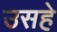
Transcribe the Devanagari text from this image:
उसहे